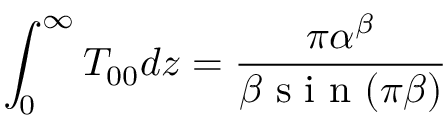
\displaystyle \int _ { 0 } ^ { \infty } T _ { 0 0 } d z = \frac { \pi \alpha ^ { \beta } } { \beta \mathrm { ~ s ~ i ~ n ~ } ( \pi \beta ) }